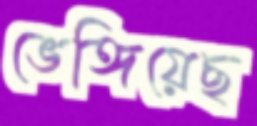
ভেঙ্গিয়েছ